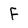
Character: F